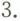
3.